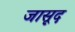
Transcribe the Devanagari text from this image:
जासूद